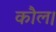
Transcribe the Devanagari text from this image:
कौल।